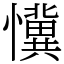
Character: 懻